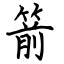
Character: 箭